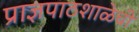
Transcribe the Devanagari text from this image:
प्राज्ञपाठशाळेची